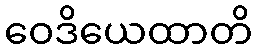
ဝေဒိယေထာတိ